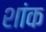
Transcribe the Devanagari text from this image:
शांक